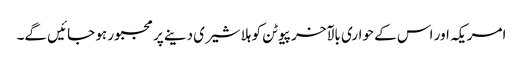
امریکہ اور اس کے حواری بالآخر پیوٹن کو ہلا شیری دینے پر مجبور ہو جائیں گے۔